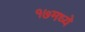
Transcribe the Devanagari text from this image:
१७मध्ये